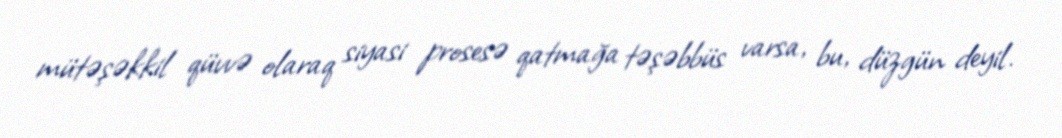
mütəşəkkil qüvvə olaraq siyasi prosesə qatmağa təşəbbüs varsa, bu, düzgün deyil.